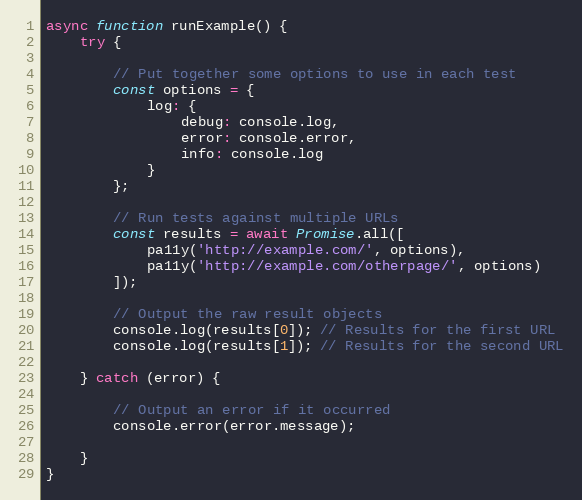
Language: JavaScript
async function runExample() {
	try {

		// Put together some options to use in each test
		const options = {
			log: {
				debug: console.log,
				error: console.error,
				info: console.log
			}
		};

		// Run tests against multiple URLs
		const results = await Promise.all([
			pa11y('http://example.com/', options),
			pa11y('http://example.com/otherpage/', options)
		]);

		// Output the raw result objects
		console.log(results[0]); // Results for the first URL
		console.log(results[1]); // Results for the second URL

	} catch (error) {

		// Output an error if it occurred
		console.error(error.message);

	}
}